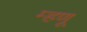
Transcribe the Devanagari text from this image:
म्‍हणू